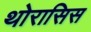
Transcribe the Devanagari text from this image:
थोरासिस